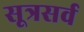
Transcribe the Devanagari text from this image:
सूत्रसर्व